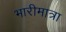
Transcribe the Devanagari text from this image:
भारीमात्रा